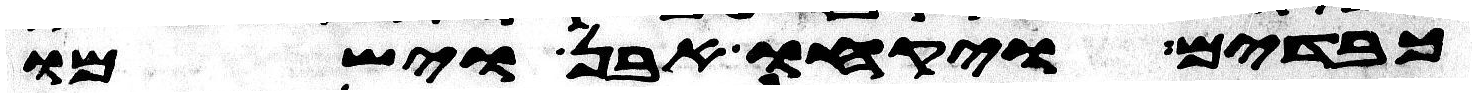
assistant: כבדים ויקחו אבן וישמו